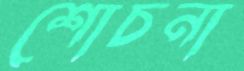
শোচনা